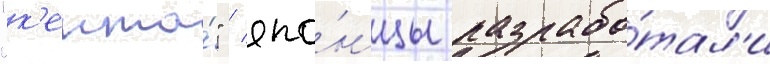
"к'ента́" / япо́нцы разрабо́тал'и